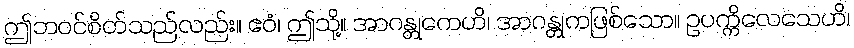
ဤဘဝင်စိတ်သည်လည်း။ ဧဝံ၊ ဤသို့။ အာဂန္တုကေဟိ၊ အာဂန္တုကဖြစ်သော။ ဥပက္ကိလေသေဟိ၊